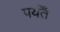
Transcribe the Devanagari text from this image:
पर्यँत